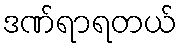
ဒဏ်ရာရတယ်